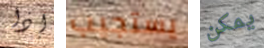
إذا يستجيب يمكن